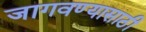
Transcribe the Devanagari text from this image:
जागवण्यासाठी